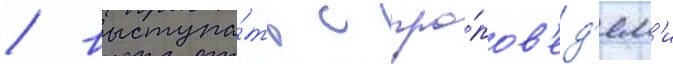
/ выступа́ть с про́пов'ед'ям'и